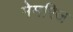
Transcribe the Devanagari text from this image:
मेमरिज